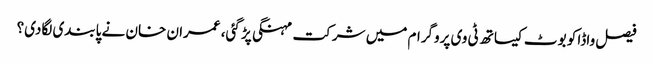
فیصل واڈا کو بوٹ کیساتھ ٹی وی پروگرام میں شرکت مہنگی پڑ گئی، عمران خان نے پابندی لگادی؟